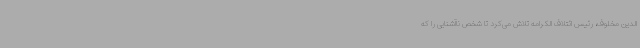
الدین مخلوف، رئیس ائتلاف الکرامه تلاش می‌کرد تا شخص ناآشنایی را که